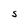
Character: S